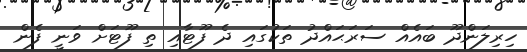
ހިރިލަންދޫ ބައެއް ސަރަޙައްދު ތަކުގައި ދެ ފޫޓާއި ތި ފޫޓަށް ވަނީ ފެން